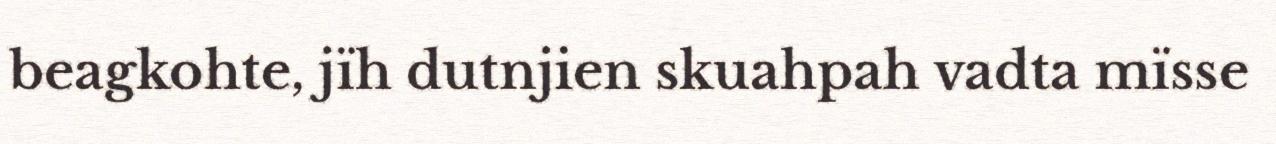
beagkohte, jïh dutnjien skuahpah vadta mïsse